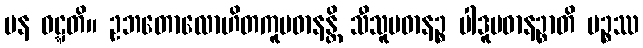
ပန ဝဋ္ဋတိ။ ဥဘတောလောဟိတကူပဓာနန္တိ သီသူပဓာနဉ္စ ပါဒူပဓာနဉ္စာတိ မဉ္စဿ